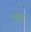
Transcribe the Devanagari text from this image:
कूंद